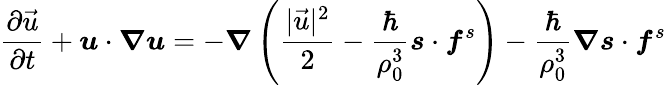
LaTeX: \frac{\partial\vec{u}}{\partial t}+\boldsymbol{u}\cdot\boldsymbol{\nabla}\boldsymbol{u}=-\boldsymbol{\nabla}\left(\frac{|\vec{u}|^{2}}{2}-\frac{\hbar}{\rho_{0}^{3}}\boldsymbol{s}\cdot\boldsymbol{f}^{s}\right)-\frac{\hbar}{\rho_{0}^{3}}\boldsymbol{\nabla}\boldsymbol{s}\cdot\boldsymbol{f}^{s}